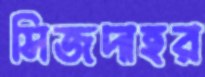
সিজদাহর